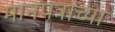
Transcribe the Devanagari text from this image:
मानपत्राच्या